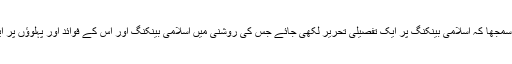
آج مجھے اس چیز کی شدت سے کمی محسوس ہوئی تو میں نے ضروری سمجھا کہ اسلامی بینکنگ پر ایک تفصیلی تحریر لکھی جائے جس کی روشنی میں اسلامی بینکنگ اور اس کے فوائد اور پہلوؤں پر ایک نگاہ ڈالی جا سکے تاکہ عوام الناس اسلامی بینکنگ سے واقف ہو سکیں۔